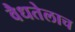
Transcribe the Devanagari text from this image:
वैधतेलाच